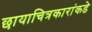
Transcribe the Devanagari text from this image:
छायाचित्रकारांकडे